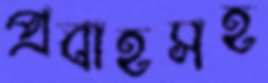
প্রবাহসহ